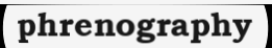
phrenography